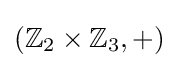
\left(\mathbb {Z} _{2}\times \mathbb {Z} _{3},+\right)